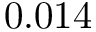
0 . 0 1 4